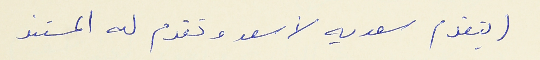
(بتقدم سعديه لأسعد وتقدم له المستند